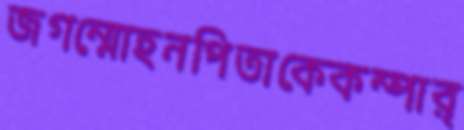
জগন্মোহনপিতাকেকম্পার্